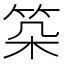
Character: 𥬲